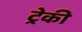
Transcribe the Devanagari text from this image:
ट्रेकी